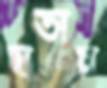
হাতায়